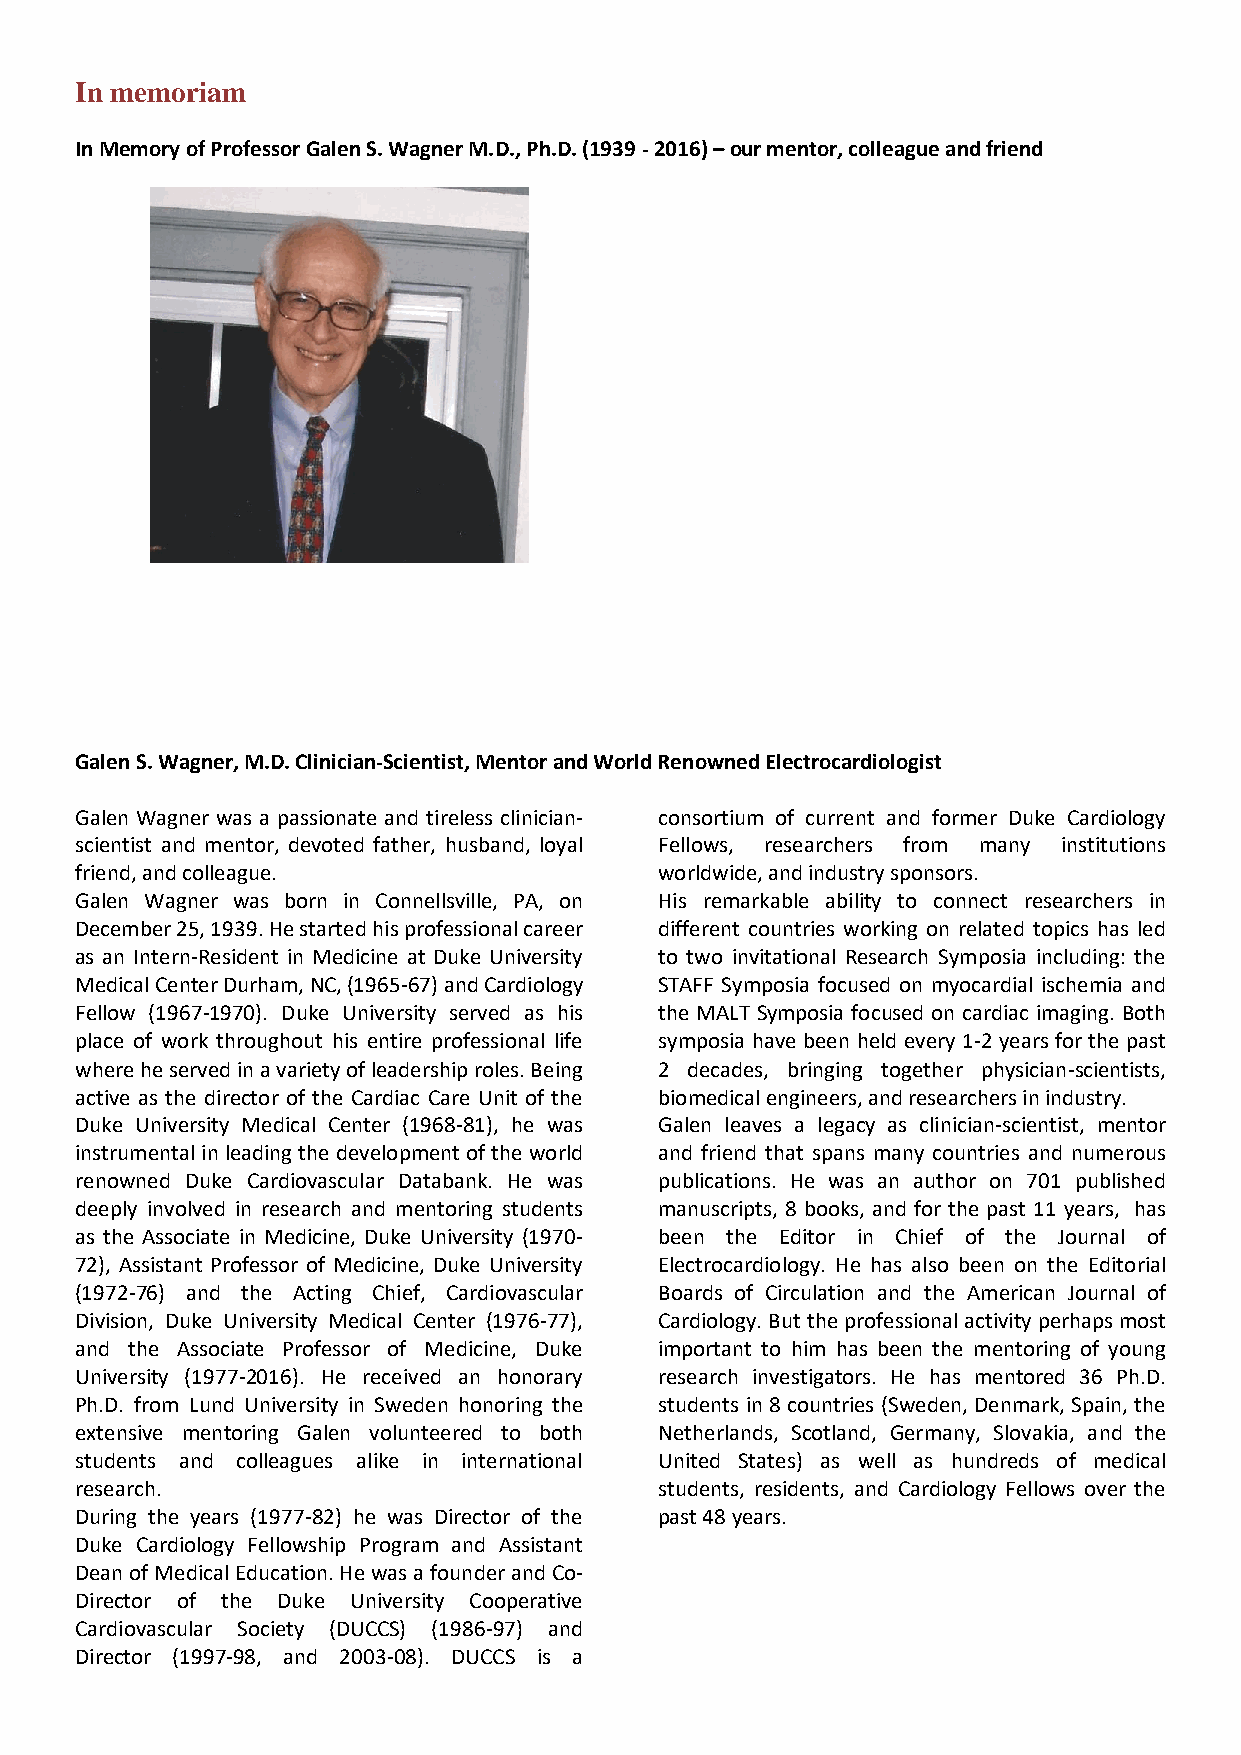
In memoriam
 In Memory of Professor Galen S. Wagner M.D., Ph.D. (1939 - 2016) – our mentor, colleague and friend
 Galen S. Wagner, M.D. Clinician-Scientist, Mentor and World Renowned Electrocardiologist
 Galen Wagner was a passionate and tireless clinician- consortium of current and former Duke Cardiology
 scientist and mentor, devoted father, husband, loyal Fellows, researchers from many institutions
 friend, and colleague.                 worldwide, and industry sponsors.
 Galen Wagner was born in Connellsville, PA, on His remarkable ability to connect researchers in
 December 25, 1939. He started his professional career different countries working on related topics has led
 as an Intern-Resident in Medicine at Duke University to two invitational Research Symposia including: the
 Medical Center Durham, NC, (1965-67) and Cardiology STAFF Symposia focused on myocardial ischemia and
 Fellow (1967-1970). Duke University served as his the MALT Symposia focused on cardiac imaging. Both
 place of work throughout his entire professional life symposia have been held every 1-2 years for the past
 where he served in a variety of leadership roles. Being 2 decades, bringing together physician-scientists,
 active as the director of the Cardiac Care Unit of the biomedical engineers, and researchers in industry.
 Duke University Medical Center (1968-81), he was Galen leaves a legacy as clinician-scientist, mentor
 instrumental in leading the development of the world and friend that spans many countries and numerous
 renowned Duke Cardiovascular Databank. He was publications. He was an author on 701 published
 deeply involved in research and mentoring students manuscripts, 8 books, and for the past 11 years, has
 as the Associate in Medicine, Duke University (1970- been the Editor in Chief of the Journal of
 72), Assistant Professor of Medicine, Duke University Electrocardiology. He has also been on the Editorial
 (1972-76) and the Acting Chief, Cardiovascular Boards of Circulation and the American Journal of
 Division, Duke University Medical Center (1976-77), Cardiology. But the professional activity perhaps most
 and the Associate Professor of Medicine, Duke important to him has been the mentoring of young
 University (1977-2016). He received an honorary research investigators. He has mentored 36 Ph.D.
 Ph.D. from Lund University in Sweden honoring the students in 8 countries (Sweden, Denmark, Spain, the
 extensive mentoring Galen volunteered to both Netherlands, Scotland, Germany, Slovakia, and the
 students and colleagues alike in international United States) as well as hundreds of medical
 research.                              students, residents, and Cardiology Fellows over the
 During the years (1977-82) he was Director of the past 48 years.
 Duke Cardiology Fellowship Program and Assistant
 Dean of Medical Education. He was a founder and Co-
 Director of the Duke University Cooperative
 Cardiovascular Society (DUCCS) (1986-97) and
 Director (1997-98, and 2003-08). DUCCS is a